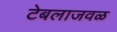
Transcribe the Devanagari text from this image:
टेबलाजवळ